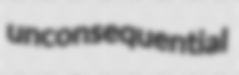
unconsequential